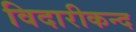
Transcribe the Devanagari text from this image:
विदारीकन्द